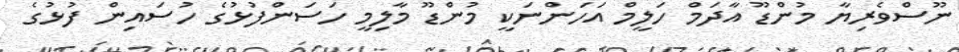
ނޫސްވެރިޔާ މުންޑޫ އާދަމް ހަލީމް އަހަންނަކީ މުންޑޫ މާލިމީ ހަސަންފުޅުގެ ހުސައިން ފުޅުގެ